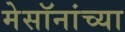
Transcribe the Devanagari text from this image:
मेसॉनांच्या